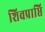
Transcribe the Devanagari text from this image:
शिवप्राप्ति